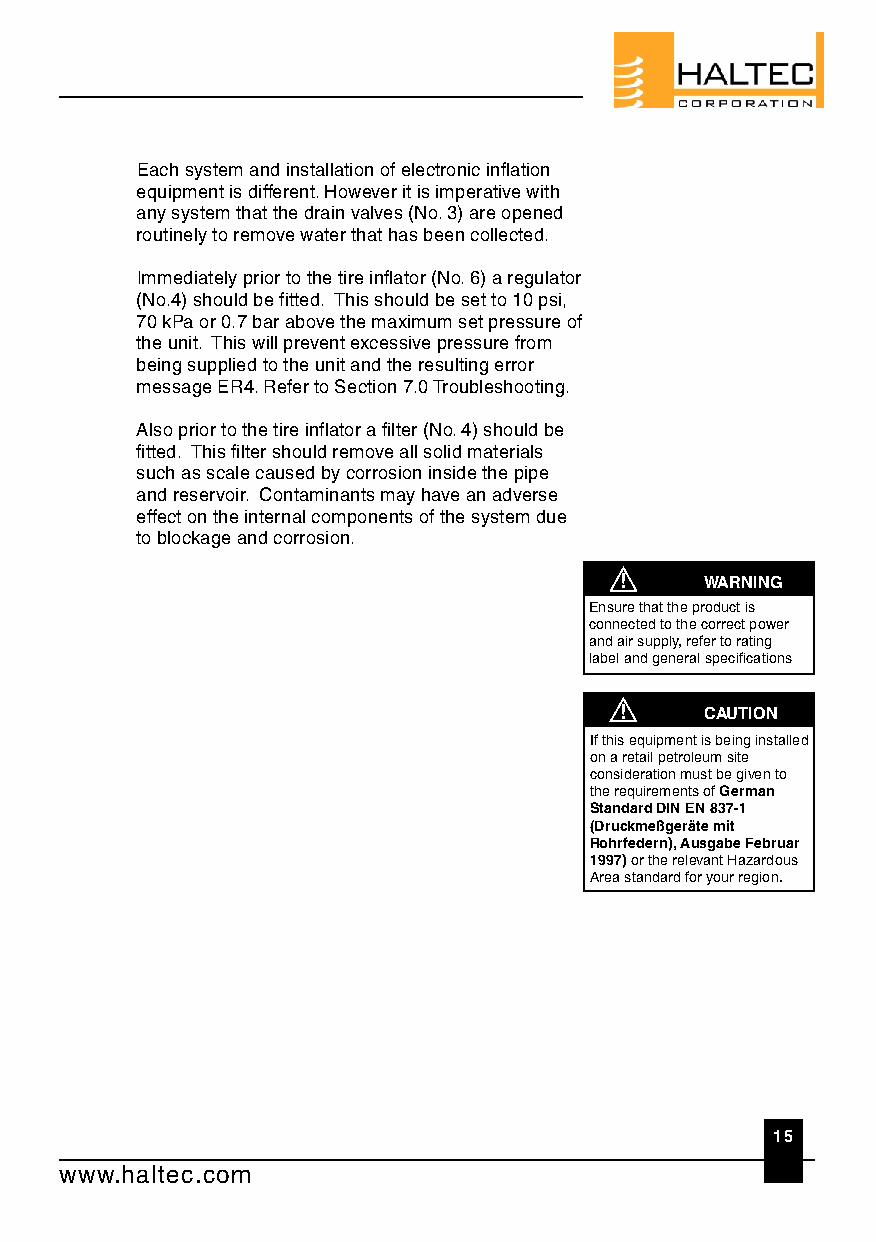
Each system and installation of electronic inflation
 equipment is different. However it is imperative with
 any system that the drain valves (No. 3) are opened
 routinely to remove water that has been collected.
 Immediately prior to the tire inflator (No. 6) a regulator
 (No.4) should be fitted. This should be set to 10 psi,
 70 kPa or 0.7 bar above the maximum set pressure of
 the unit. This will prevent excessive pressure from
 being supplied to the unit and the resulting error
 message ER4. Refer to Section 7.0 Troubleshooting.
 Also prior to the tire inflator a filter (No. 4) should be
 fitted. This filter should remove all solid materials
 such as scale caused by corrosion inside the pipe
 and reservoir. Contaminants may have an adverse
 effect on the internal components of the system due
 to blockage and corrosion.
 !     WARNING
 Ensure that the product is
 connected to the correct power
 and air supply, refer to rating
 label and general specifications
 !     CAUTION
 If this equipment is being installed
 on a retail petroleum site
 consideration must be given to
 the requirements of German
 Standard DIN EN 837-1
 (Druckmeßgeräte mit
 Rohrfedern), Ausgabe Februar
 1997) or the relevant Hazardous
 Area standard for your region.
 15
 www.haltec.com